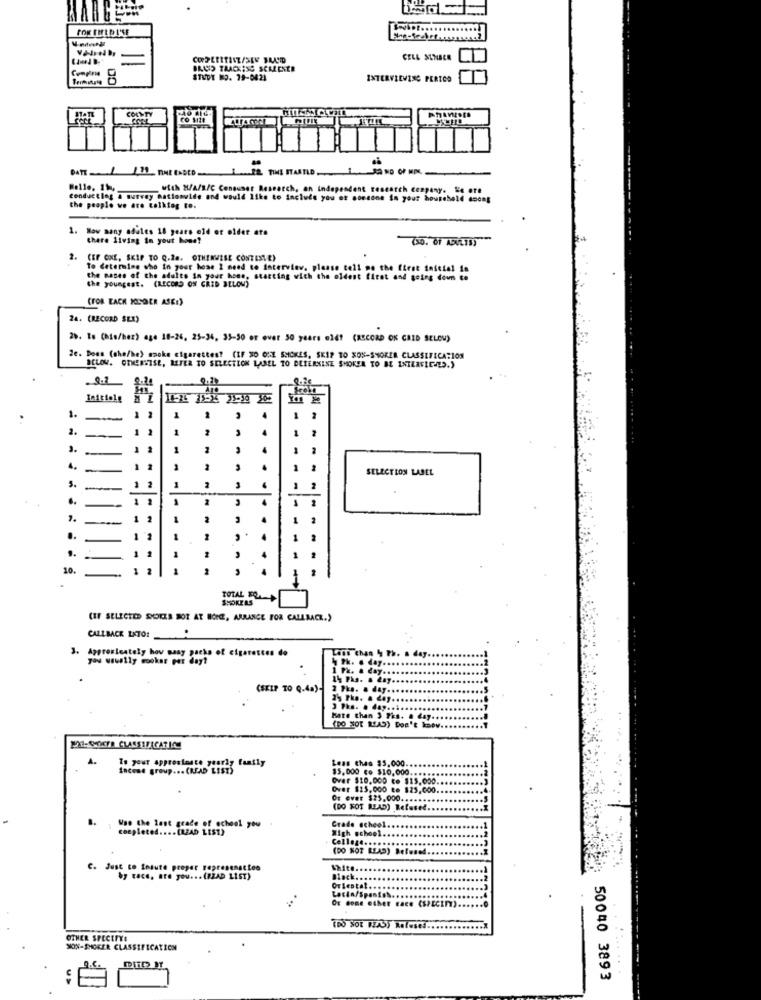
HAB
FOR FHLDI'SE
CELL NUMBER
Compirin
BRASS TAACK;SE SCREENER
STUDY NO. 79-0421
INTERVIEWING PERIOD
COUNTY
STATL
co Mill
with N/A/s/C Consumer Research, an Independent research conpany. le ore
Conductleg & murray nationwide and would like to include you ot someone In your housebeld doons
the people we are tolktag to.
1. How many adules 18 years eld or older ata
Chare living in your home?
(30."Of ADULTS)
2.
CEF ONE, SKIP TO Q.2 .. OTHERWISE CONTESTE)
To Cetermine who in your home I need to interview, please tell me the first inicial in
the nases of the adults in your home, starting with the oldest first and going down to
the youngest. (RECORD ON GRID BELOW)
(FOR EACH KOGER ASEI)
24. (RECORD SEX)
25 . To (his/her) age 18-26, 25-36. 35-30 or over 50 years old? (RECORD ON CRED SELON)
Ze. Boas (she/he) smoke cigarettes? (IF X0 OXX SMOKES, SKIP TO XON-SHOREA CLASSIFICATION
BCLOV. OTHERWISE, REFER TO SELECTION LABEL TO BEIERNINE SMOKER TO BE INTLAFICHES.)
8.1
1.
-
1 2
1
2
2.
1 2
1
2
1
2
4.
-
1 2
2
4
1
SELECTION LABEL
S.
1 2
1.
1
1
1.
1 2
..
10.
1
TOTAL FO
SHOKEAS
(IF SELECTED SPOOKLA BOT AT BONE, ARRANGE FOR CALLMACK.)
CALLBACK LATO!
3. Approximately how many packs of cigarettes do
you wwwily mooker per day?
(SKIP TO Q.4.)-
2 Phe. a day ..
3 Pka. . day ...
Hate than 3 7ks. a day .....
(DO NOT READ) Don't know ...
A.
Less chas $5,000.
income group ... (READ LIST)
Is your apprestante yearly family
$5,000 co $10,000 ....
Over $10,000 to $15.000.
Over $15,000 to $25,000
Or ever $25,000 .......
(DO NOT READ) Refused
Wao the last grace of school you
completed .... (LEAD LIST)
High school.
Grade school
College.
(DO NOT READ) Refused
C. Just to fo
ust co toauth proper represenat lee
12ite ..
by tace, are you ... (RZAD LIST)
Black ....
Oriental .
(DO SOL FEAS) Ratesel.
OTHER SPECETYE
MON-SHOKER CLASSIFICATION
50040 3893